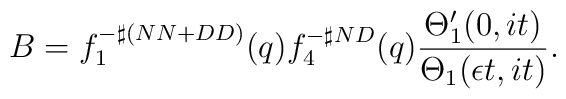
B=f_{1}^{-\sharp(NN+DD)}(q)f_{4}^{-\sharp ND}(q) \frac{\Theta_{1} '(0,it)}{\Theta_{1}(\epsilon t,it)}.